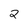
Character: 2